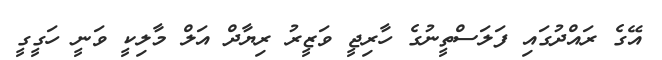
އޭގެ ރައްދުގައި ފަލަސްތީނުގެ ހާރިޖީ ވަޒީރު ރިޔާދް އަލް މާލިކީ ވަނީ ހަގީގީ